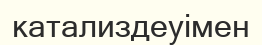
катализдеуімен